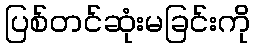
ပြစ်တင်ဆုံးမခြင်းကို